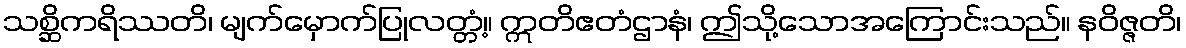
သစ္ဆိကရိဿတိ၊ မျက်မှောက်ပြုလတ္တံ့။ ဣတိဧတံဌာနံ၊ ဤသို့သောအကြောင်းသည်။ နဝိဇ္ဇတိ၊